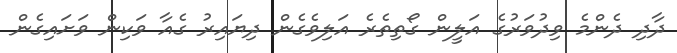
ދާދި ދެންމެ ވިދުވަރުގެ އަލީން ގޯތިތެރެ އަލިވެގެން ދިޔައިރު ގެއާ ވަކިން ވަށައިގެން